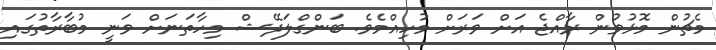
މެޗުން މޮޅުވުން ރާއްޖެ އަށް ވަރަށް މުހިއްމެވެ. ބަންގްލަދޭޝް މިހާތަނަށް ވަނީ މުބާރާތުގައި